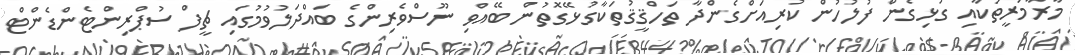
މާރާމަރީތަކާއި ގުޅިގެން ފުލުހުން ކުރިއަށްގެންދާ ތަހްޤީޤުތަކާގުޅޭގޮތުން ބޭއްވި ނޫސްވެރިންގެ ބައްދަލުވުމުގައި ޗީފް ސުޕްރިންޓެންޑެންޓް